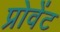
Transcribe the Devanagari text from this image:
प्रोवेंट